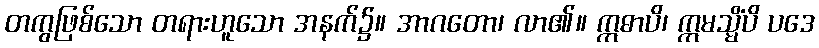
တကွဖြစ်သော တရားဟူသော အနက်၌။ အာဂတော၊ လာ၏။ ဣဓာပိ၊ ဣမသ္မိံပိ ပဒေ